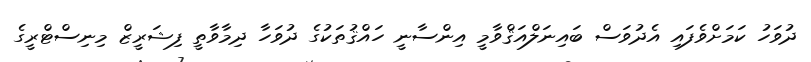
ދުވަހު ކަމަށްވެފައި އެދުވަސް ބައިނަލްއަޤްވާމީ އިންސާނީ ހައްޤުތަކުގެ ދުވަހާ ދިމާވާތީ ފިޝަރީޒް މިނިސްޓްރީގެ